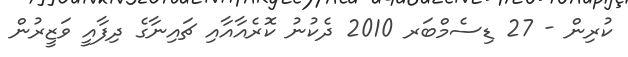
ކުރިން - 27 ޑިސެމްބަރ 2010 ދެކުނު ކޮރެއާއާއި ޗައިނާގެ ދިފާއީ ވަޒީރުން